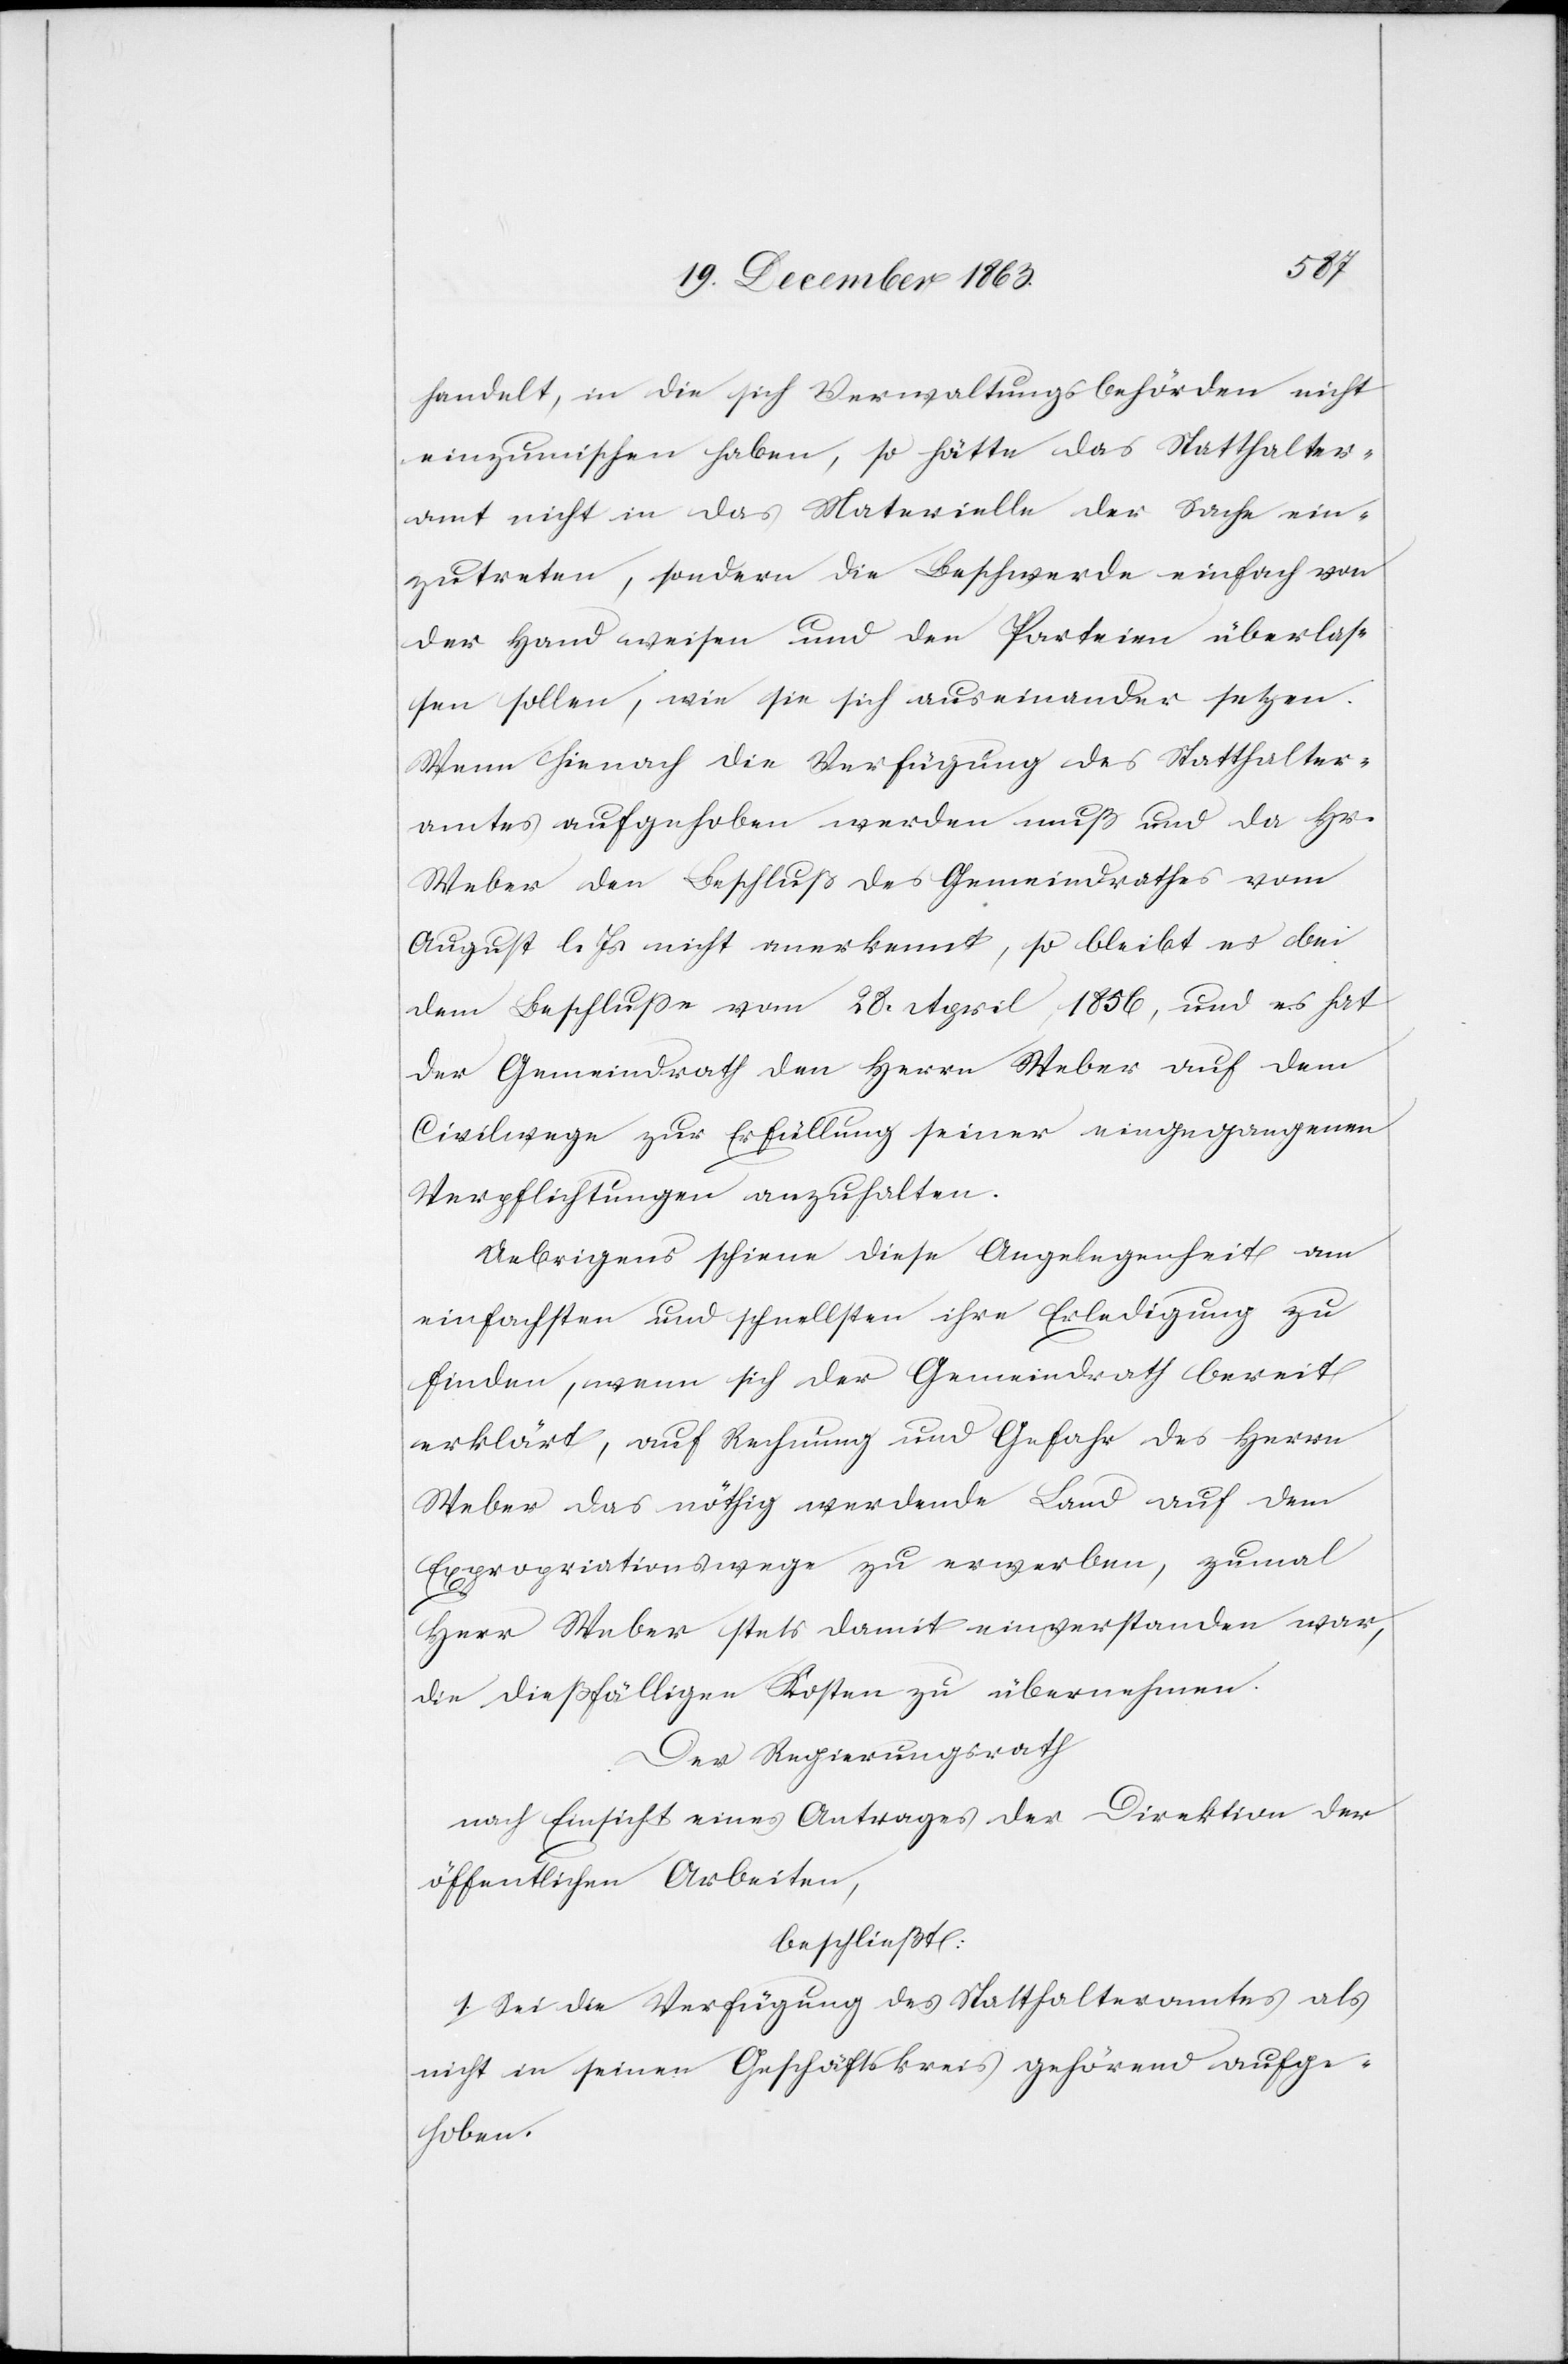
handelt, in die sich Verwaltungsbehörden nicht
einzumischen haben, so hätte das Statthalter¬
amt nicht in das Materielle der Sache ein¬
zutreten, sondern die Beschwerde einfach von
der Hand weisen und den Parteien überlas¬
sen sollen, wie sie sich auseinander setzen.
Wenn hienach die Verfügung des Statthalter¬
amtes aufgehoben werden muß und da Hr.
Weber den Beschluß des Gemeindrathes vom
August l. Js. nicht anerkennt, so bleibt es bei
dem Beschlusse vom 28. April 1856, und es hat
der Gemeindrath den Herrn Weber auf dem
Civilwege zur Erfüllung seiner eingegangenen
Verpflichtungen anzuhalten.
Uebrigens schiene diese Angelegenheit am
einfachsten und schnellsten ihre Erledigung zu
finden, wenn sich der Gemeindrath bereit
erklärt, auf Rechnung und Gefahr des Herrn
Weber das nöthig werdende Land auf dem
Expropriationswege zu erwerben, zumal
Herr Weber stets damit einverstanden war,
die dießfälligen Kosten zu übernehmen.
Der Regierungsrath
nach Einsicht eines Antrages der Direktion der
öffentlichen Arbeiten,
beschließt:
1. Sei die Verfügung des Statthalteramtes als
nicht in seinen Geschäftskreis gehörend aufge¬
hoben.